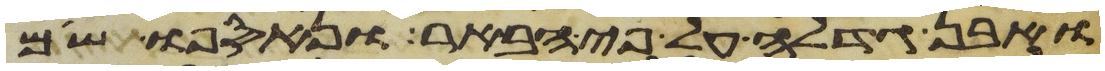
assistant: ואבן גדלה על פי הבאר ונאספו שם